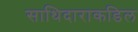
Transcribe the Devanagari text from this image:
साथिदाराकडिल